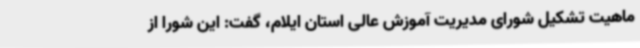
ماهیت تشکیل شورای مدیریت آموزش عالی استان ایلام، گفت: این شورا از